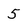
Character: 5